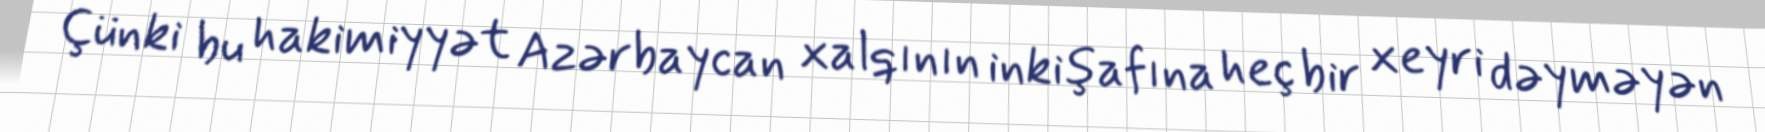
Çünki bu hakimiyyət Azərbaycan xalqının inkişafına heç bir xeyri dəyməyən